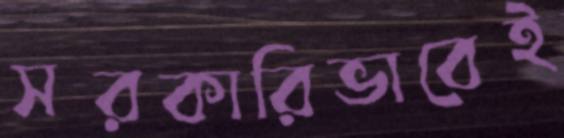
সরকারিভাবেই